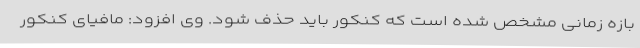
بازه زمانی مشخص شده است که کنکور باید حذف شود. وی افزود: مافیای کنکور